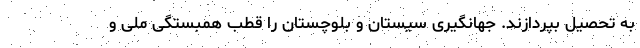
به تحصیل بپردازند. جهانگیری سیستان و بلوچستان را قطب همبستگی ملی و